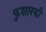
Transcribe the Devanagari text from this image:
फुशारकी